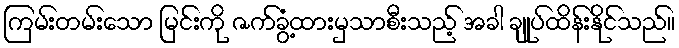
ကြမ်းတမ်းသော မြင်းကို ဇက်ခွံ့ထားမှသာစီးသည့် အခါ ချုပ်ထိန်းနိုင်သည်။